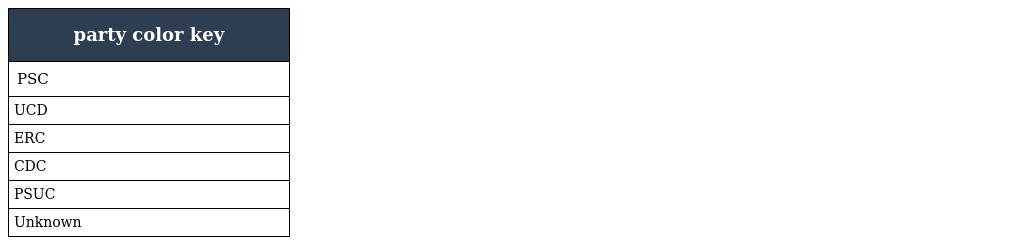
| party color key |
 | --- |
 | PSC |
 | UCD |
 | ERC |
 | CDC |
 | PSUC |
 | Unknown |